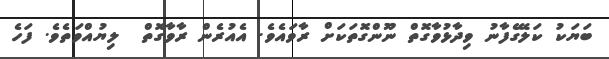
ބަޔަކު ކަލޭގެފާނު ވިދާޅުވާގޮތް ނޫންގޮތަކަށް ރާވައެވެ. އެއުރެން ރާވާގޮތް  ލިޔުއްވަތެވެ. ފަހެ